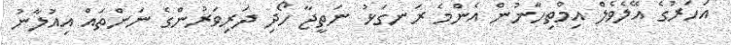
އަހަރުގެ އޭލެވެލް އިމްތިހާނުން އެންމެ ރަނގަޅު ނަތީޖާ ހޯދި ދަރިވަރުންގެ ނަންތައް އިއުލާނު